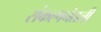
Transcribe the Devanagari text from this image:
संकल्पनेतली